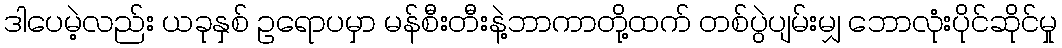
ဒါပေမဲ့လည်း ယခုနှစ် ဥရောပမှာ မန်စီးတီးနဲ့ဘာကာတို့ထက် တစ်ပွဲပျမ်းမျှ ဘောလုံးပိုင်ဆိုင်မှု